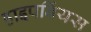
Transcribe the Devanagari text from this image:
हाइपबिंयस